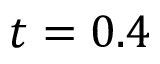
t = 0 . 4